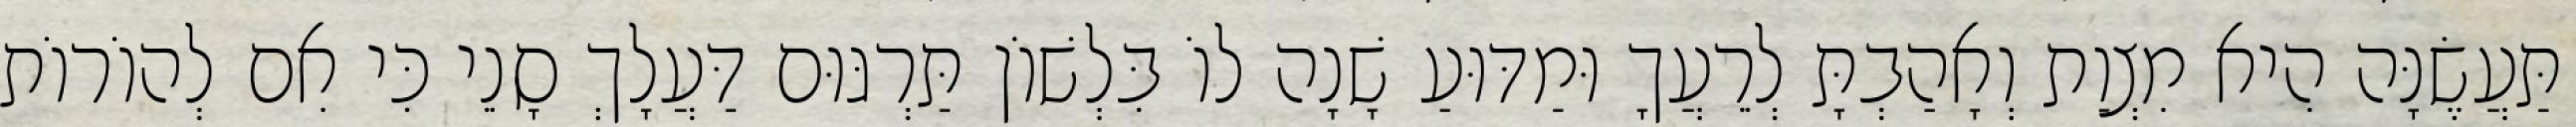
תַּעֲשֶׂנָּה הִיא מִצְוַת וְאָהַבְתָּ לְרֵעֲךָ וּמַדּוּעַ שָׁנָה לוֹ בִּלְשׁוֹן תַּרְגּוּם דַּעֲלָךְ סָנֵי כִּי אִם לְהוֹרוֹת